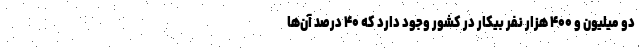
دو میلیون و ۴۰۰ هزار نفر بیکار در کشور وجود دارد که ۴۰ درصد آن‌ها